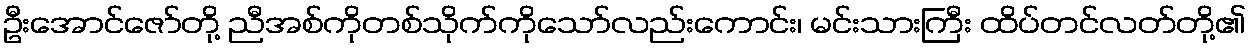
ဦးအောင်ဇော်တို့ ညီအစ်ကိုတစ်သိုက်ကိုသော်လည်းကောင်း၊ မင်းသားကြီး ထိပ်တင်လတ်တို့၏